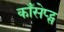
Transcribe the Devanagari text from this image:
कॉंसेप्ट्स